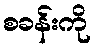
စခန်းကို